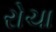
રોચા